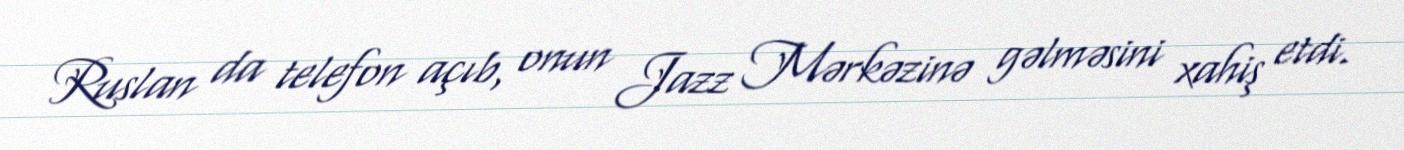
Ruslan da telefon açıb, onun Jazz Mərkəzinə gəlməsini xahiş etdi.